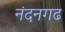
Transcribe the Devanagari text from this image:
नंदनगढ